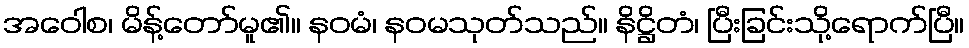
အဝေါစ၊ မိန့်တော်မူ၏။ နဝမံ၊ နဝမသုတ်သည်။ နိဋ္ဌိတံ၊ ပြီးခြင်းသို့ရောက်ပြီ။